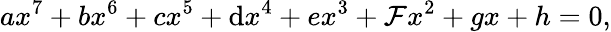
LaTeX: ax^{7}+bx^{6}+cx^{5}+\mathrm{d}x^{4}+ex^{3}+\mathcal{F}x^{2}+gx+h=0,